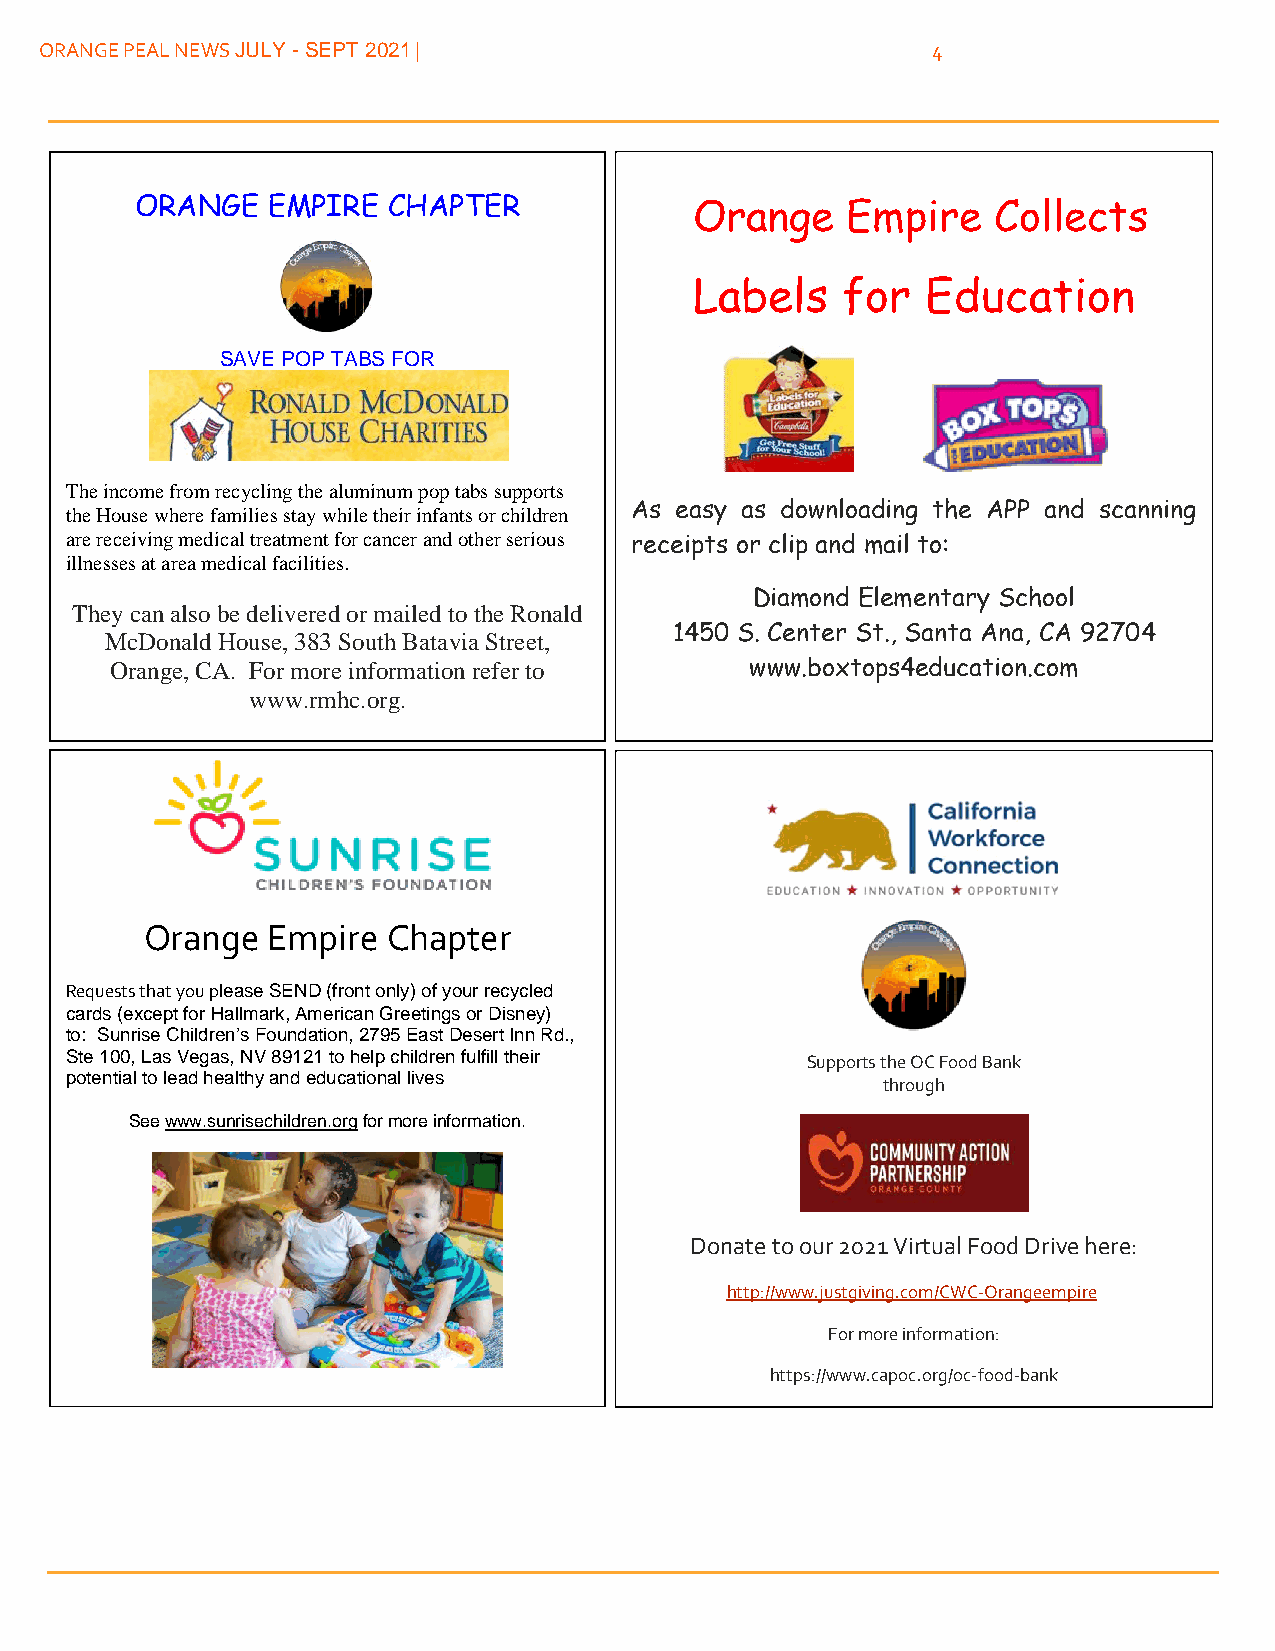
ORANGE PEAL NEWS JULY - SEPT 2021 |                        4
 ORANGE   EMPIRE  CHAPTER             Orange    Empire    Collects
 Labels    for  Education
 SAVE POP TABS FOR
 The income from recycling the aluminum pop tabs supports
 the House where families stay while their infants or children As easy as downloading the APP and scanning
 are receiving medical treatment for cancer and other serious receipts or clip and mail to:
 illnesses at area medical facilities.
 Diamond Elementary School
 They can also be delivered or mailed to the Ronald
 1450 S. Center St., Santa Ana, CA 92704
 McDonald House, 383 South Batavia Street,
 Orange, CA. For more information refer to  www.boxtops4education.com
 www.rmhc.org.
 Orange  Empire  Chapter
 Requests that you please SEND (front only) of your recycled
 cards (except for Hallmark, American Greetings or Disney)
 to: Sunrise Children’s Foundation, 2795 East Desert Inn Rd.,
 Ste 100, Las Vegas, NV 89121 to help children fulfill their Supports the OC Food Bank
 potential to lead healthy and educational lives
 through
 See www.sunrisechildren.org for more information.
 Donate to our 2021 Virtual Food Drive here:
 http://www.justgiving.com/CWC-Orangeempire
 For more information:
 https://www.capoc.org/oc-food-bank